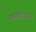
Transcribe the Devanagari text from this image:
पणशीकरांनाच